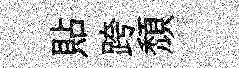
貼跨頽